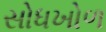
સોધખોળ